Indian journal of veterinary science and animal husbandry - Volume 8,
Year: 1938
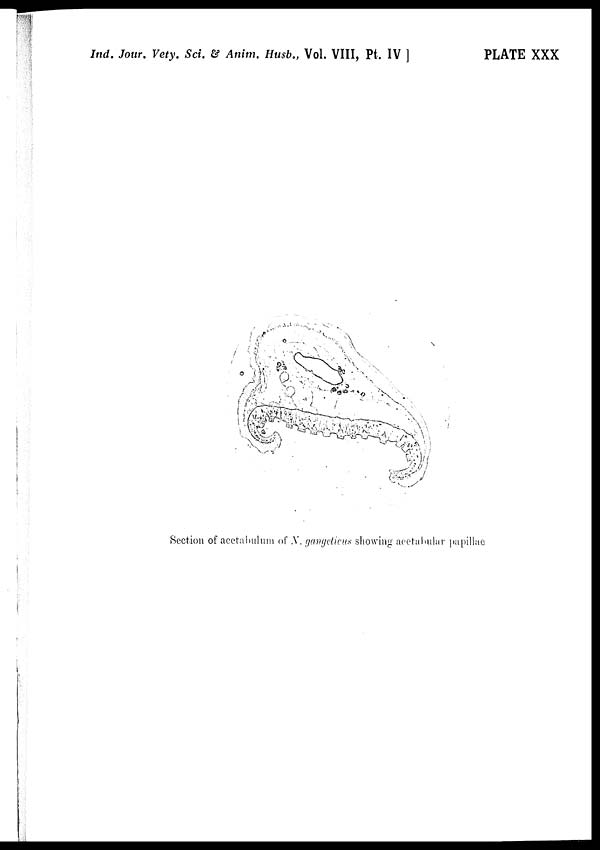
Ind. Jour. Vety. Sci. & Anim. Husb., Vol. VIII, Pt. IV ]
PLATE XXX
Section of acetabulum of N. gangeticus showing acetabular papillae